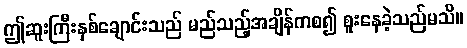
ဤဆူးကြီးနှစ်ချောင်းသည် မည်သည့်အချိန်ကစ၍ စူးနေခဲ့သည်မသိ။